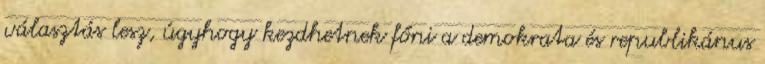
választás lesz, úgyhogy kezdhetnek főni a demokrata és republikánus